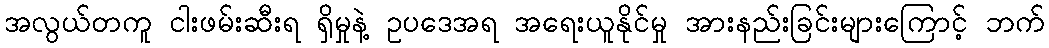
အလွယ်တကူ ငါးဖမ်းဆီးရ ရှိမှုနဲ့ ဥပဒေအရ အရေးယူနိုင်မှု အားနည်းခြင်းများကြောင့် ဘက်